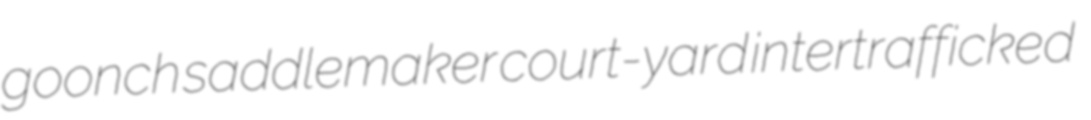
goonch saddlemaker court-yard intertrafficked